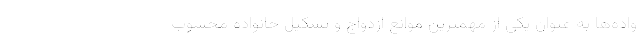
واده‌ها به عنوان یکی از مهمترین موانع ازدواج و تشکیل خانواده محسوب